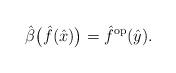
\begin{gather*}{\hat{\beta}}\big(\hat{f}(\hat{x})\big)=\hat{f}^{\rm op}(\hat{y}).\end{gather*}